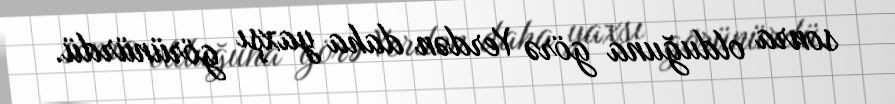
sonra olduğuna görə Yerdən daha yaxşı görünürdü.